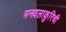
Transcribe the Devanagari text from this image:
मनवलाकुरिची